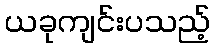
ယခုကျင်းပသည့်